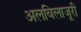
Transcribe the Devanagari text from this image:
अलविलाजूरी